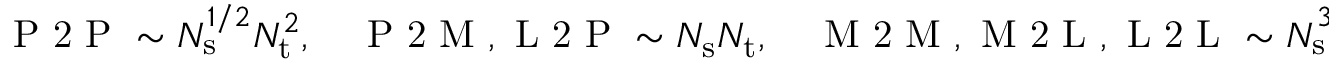
\begin{array} { r } { \mathrm { ~ P ~ 2 ~ P ~ } \sim N _ { \mathrm { s } } ^ { 1 / 2 } N _ { \mathrm { t } } ^ { 2 } , \quad \mathrm { ~ P ~ 2 ~ M ~ , ~ L ~ 2 ~ P ~ } \sim N _ { \mathrm { s } } N _ { \mathrm { t } } , \quad \mathrm { ~ M ~ 2 ~ M ~ , ~ M ~ 2 ~ L ~ , ~ L ~ 2 ~ L ~ } \sim N _ { \mathrm { s } } ^ { 3 / 2 } } \end{array}